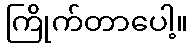
ကြိုက်တာပေါ့။